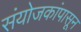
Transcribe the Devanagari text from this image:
संयोजकांपासून